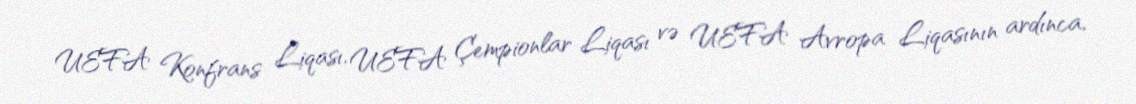
UEFA Konfrans Liqası, UEFA Çempionlar Liqası və UEFA Avropa Liqasının ardınca,